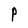
Character: P